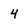
Character: 4